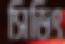
সিডিং